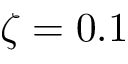
\zeta = 0 . 1